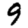
Digit: 9